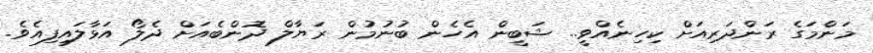
މަންމަގެ ރަންދަރިއަށް ކިހިނެއްވީ.. ޝަބީން އެހެން ބުނުމުން ރަޔާލް ދޮންބެއަށް ދެލޯ އަޅާލައިފިއެވެ.